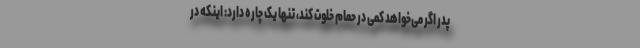
پدر اگر می‌خواهد کمی در حمام خلوت کند، تنها یک چاره دارد: اینکه در